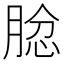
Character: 𦝅